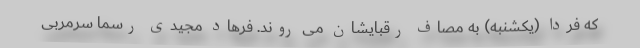
که فردا (یکشنبه) به مصاف رقبایشان می روند. فرهاد مجیدی رسما سرمربی